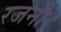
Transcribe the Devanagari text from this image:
रजनी।